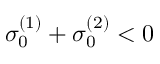
\sigma _ { 0 } ^ { ( 1 ) } + \sigma _ { 0 } ^ { ( 2 ) } < 0